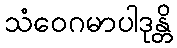
သံဝေဂမာပါဒုန္တိ